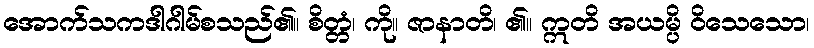
အောက်သကဒါဂါမ်စသည်၏။ စိတ္တံ၊ ကို။ ဇာနာတိ၊ ၏။ ဣတိ အယမ္ပိ ဝိသေသော၊